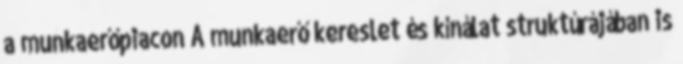
a munkaerőpiacon A munkaerő kereslet és kínálat struktúrájában is